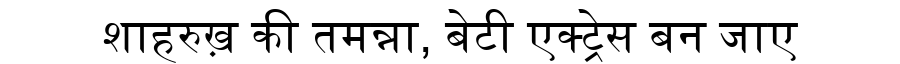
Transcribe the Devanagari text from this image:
शाहरुख़ की तमन्ना, बेटी एक्ट्रेस बन जाए